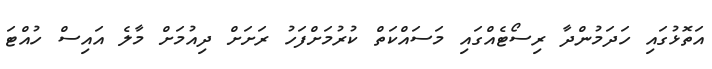
އަތޮޅުގައި ހަދަމުންދާ ރިސޯޓެއްގައި މަސައްކަތް ކުރުމަށްފަހު ރަށަށް ދިއުމަށް މާލެ އައިސް ހުއްޓަ